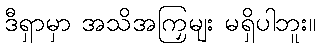
ဒီရှာမှာ အသိအကြှမျး မရှိပါဘူး။